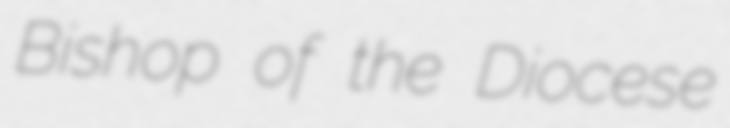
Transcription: Bishop of the Diocese